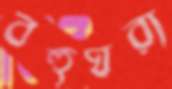
বহুঘরা